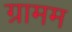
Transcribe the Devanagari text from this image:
ग्रामम